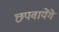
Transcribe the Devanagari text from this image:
छपवायेंगे